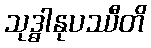
သုဒ္ဓါနုပဿီတိ